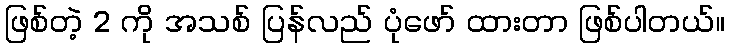
ဖြစ်တဲ့ 2 ကို အသစ် ပြန်လည် ပုံဖော် ထားတာ ဖြစ်ပါတယ်။